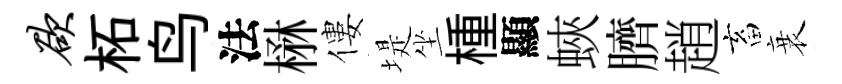
欲柘鸟法楙僂堤坐㮔顯蛺臍趙畜衰